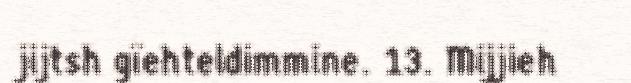
jijtsh gïehteldimmine. 13. Mijjieh